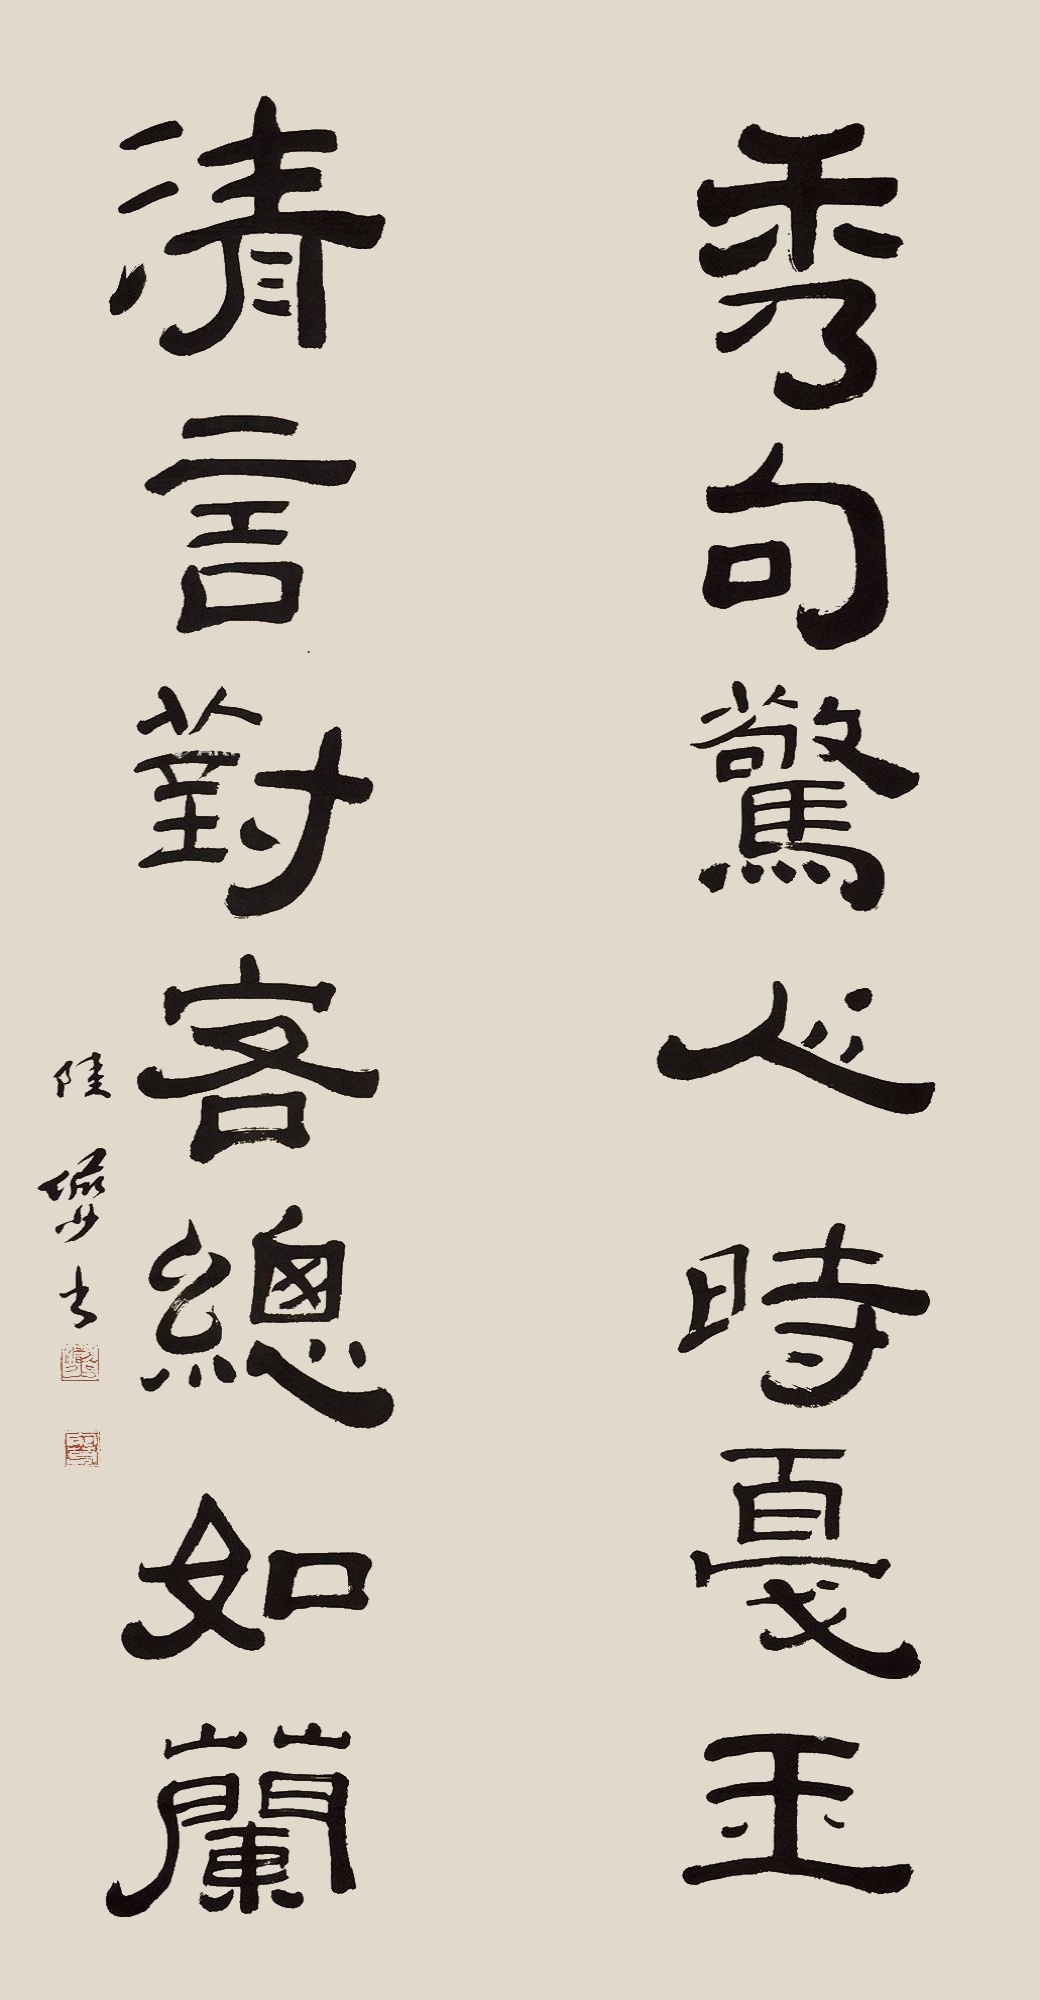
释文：秀句惊人时戛玉，清言对客总如兰。陆俨少书。